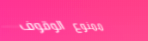
ممنوع الوقوف